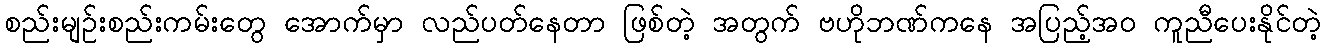
စည်းမျဉ်းစည်းကမ်းတွေ အောက်မှာ လည်ပတ်နေတာ ဖြစ်တဲ့ အတွက် ဗဟိုဘဏ်ကနေ အပြည့်အ၀ ကူညီပေးနိုင်တဲ့